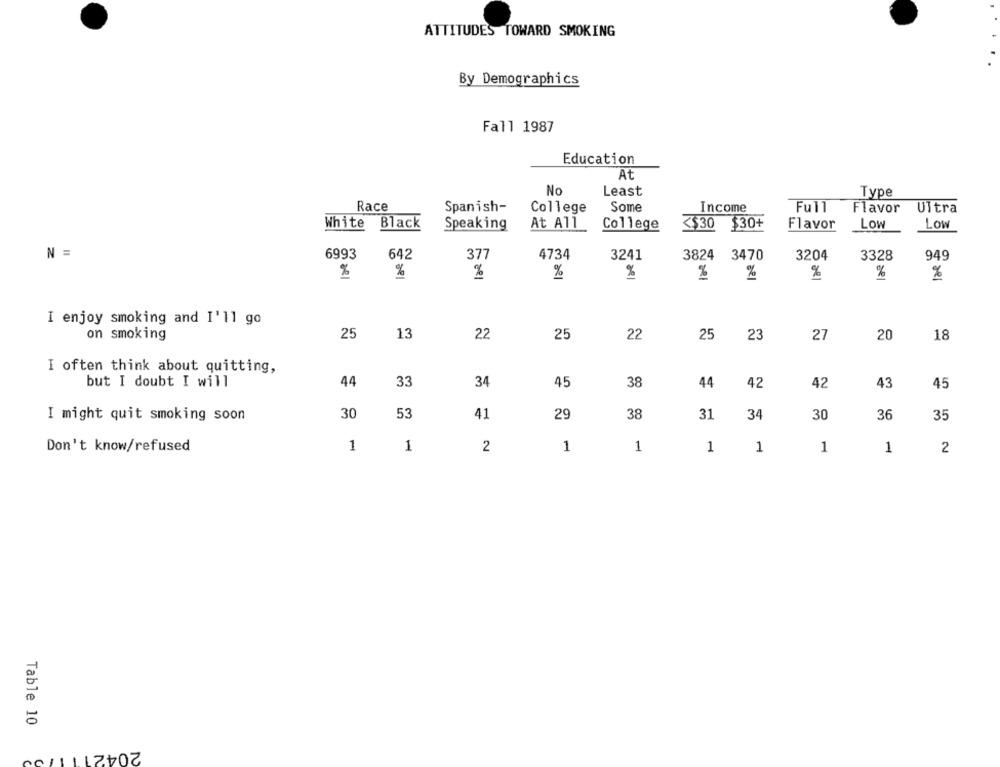
ATTITUDES TOWARD SMOKING
By Demographics
Fall 1987
Education
At
No
Least
Type
Race
Spanish-
Some
Income
College
Full
Flavor
Ultra
White Black
Speaking
At All
College
<$30 $30+
Flavor
Low
Low
N =
6993
642
377
4734
3241
3824 3470
3204
3328
949
%
%
%
%
%
%
%
%
%
I enjoy smoking and I'll go
on smoking
25
13
22
25
22
25
23
27
20
18
I often think about quitting,
but I doubt I will
44
33
34
38
42
42
45
44
43
45
30
53
38
I might quit smoking soon
41
29
31
34
30
36
35
Don't know/refused
1
1
2
1
1
1
1
1
1
2
Table 10
2042111700